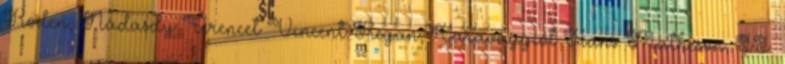
Roden, Nádasdy Ferencet Vincent Regan, Caravaggiót Hans Matheson, II.